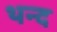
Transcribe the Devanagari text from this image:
थन्द